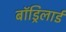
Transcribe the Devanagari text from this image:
बॉड्रिलार्ड